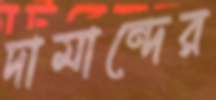
দামান্দের